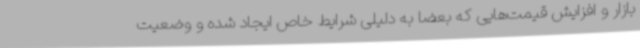
بازار و افزایش قیمت‌هایی که بعضا به دلیلی شرایط خاص ایجاد شده و وضعیت